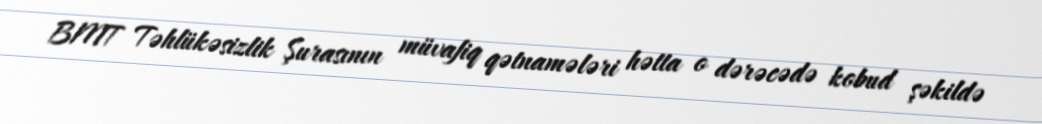
BMT Təhlükəsizlik Şurasının müvafiq qətnamələri hətta o dərəcədə kobud şəkildə